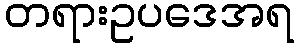
တရားဥပဒေအရ